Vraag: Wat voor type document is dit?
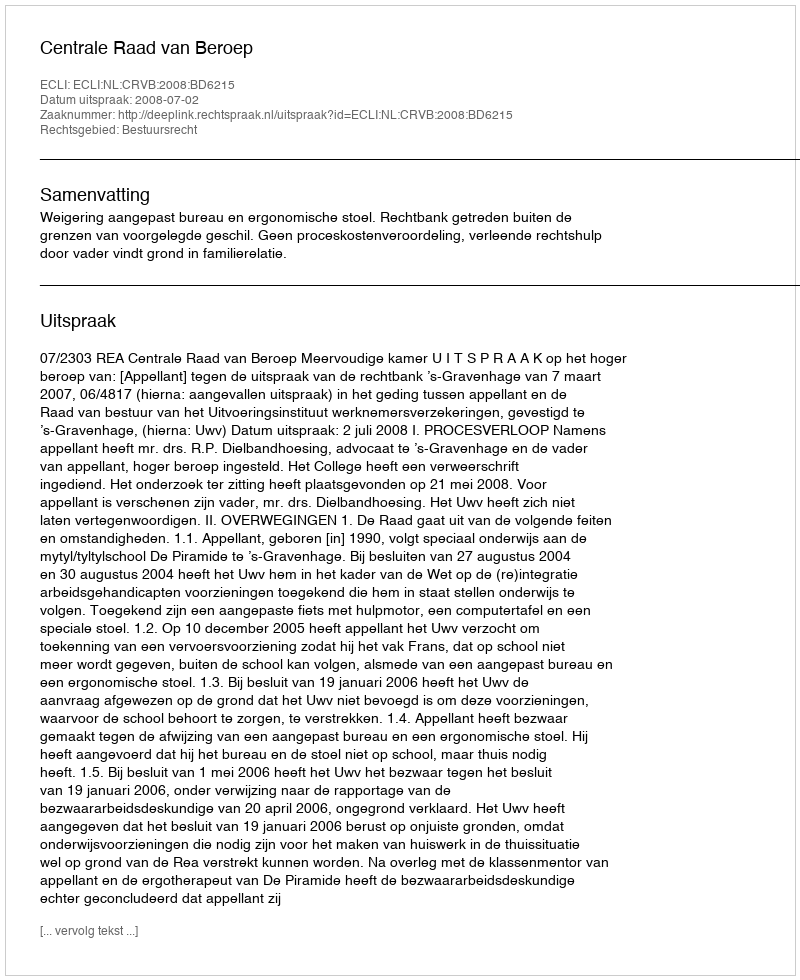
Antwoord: Uitspraak